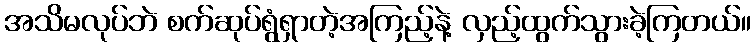
အသိမလုပ်ဘဲ စက်ဆုပ်ရွံရှာတဲ့အကြည့်နဲ့ လှည့်ထွက်သွားခဲ့ကြတယ်။